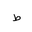
Letter: _da